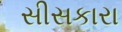
સીસકારા